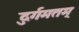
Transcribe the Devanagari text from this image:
दुर्गमतम्